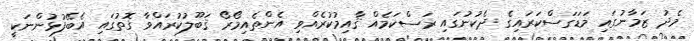
މެދު ޒަމާނުގައި މަޑަގަސްކަރައިގެ ދެކުނުގައި ރަސްކަމެއް ޤާއިމުކުރެއްވި އެންތެއިމޯރޯ ޤަބޫލުކުރައްވާ ގޮތުގައި އެބޭފުޅުންނަކީ